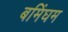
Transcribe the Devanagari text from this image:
बमिंघम